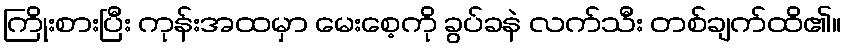
ကြိုးစားပြီး ကုန်းအထမှာ မေးစေ့ကို ခွပ်ခနဲ လက်သီး တစ်ချက်ထိ၏။